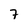
Character: 7